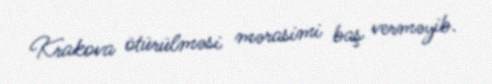
Krakova ötürülməsi mərasimi baş verməyib.